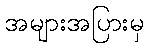
အများအပြားမှ